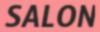
SALON